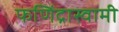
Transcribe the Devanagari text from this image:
फणिंद्रास्वामी